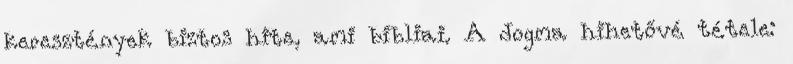
keresztények biztos hite, ami bibliai. A dogma hihetővé tétele: